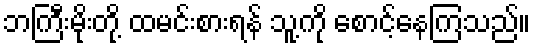
ဘကြီးမိုးတို့ ထမင်းစားရန် သူ့ကို စောင့်နေကြသည်။